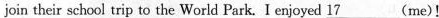
join their school trip to the World Park. I enjoyed 17___(me)!